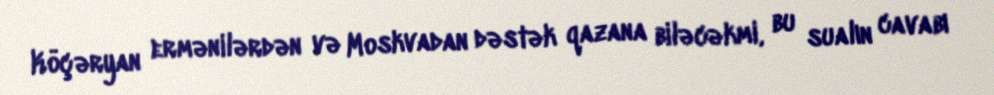
Köçəryan ermənilərdən və Moskvadan dəstək qazana biləcəkmi, bu sualın cavabı